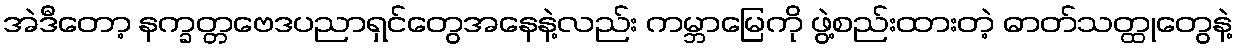
အဲဒီတော့ နက္ခတ္တဗေဒပညာရှင်တွေအနေနဲ့လည်း ကမ္ဘာမြေကို ဖွဲ့စည်းထားတဲ့ ဓာတ်သတ္ထုတွေနဲ့